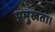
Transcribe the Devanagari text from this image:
प्रमुखता।